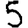
Digit: 5